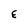
Character: E